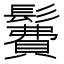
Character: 𩯃